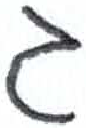
אות: ג